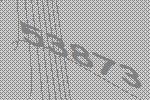
53873